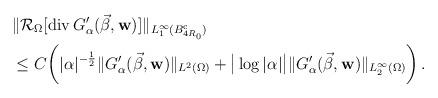
LaTeX: \begin{align*}& \| \mathcal{R}_\Omega [{\rm div}\, G'_\alpha (\vec{\beta}, {\bf w})] \|_{L^{\infty}_{1} (B^{{\rm c}}_{4R_{0}})} \\& \le C \bigg ( |\alpha|^{-\frac{1}{2}} \| G'_\alpha (\vec{\beta}, {\bf w} ) \|_{L^2 (\Omega)} + \big | \log |\alpha | \big | \| G'_\alpha (\vec{\beta}, {\bf w} ) \|_{L^\infty_{2} (\Omega)} \bigg ) \,. \end{align*}